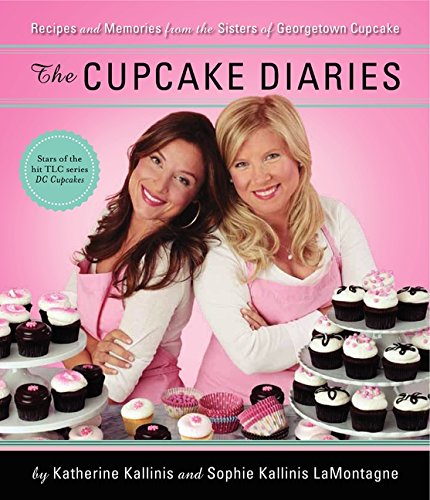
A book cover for The Cupcake Diaries: Recipes and Memories from the Sisters of Georgetown Cupcake; Katherine Kallinis Berman; Cookbooks, Food & Wine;